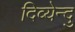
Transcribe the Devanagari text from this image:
दिव्येन्दु